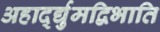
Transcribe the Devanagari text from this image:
अहार्द्द्युमद्विभाति